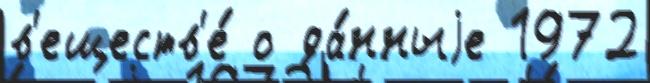
в'еществ'е́ о да́нныjе 1972